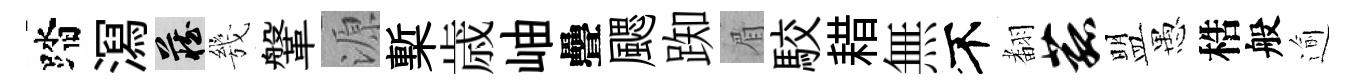
踏㵼藏㡬鞶源槧歳岫疊颸踟眉駮耤無不𮋒菰盟愚梏般逾